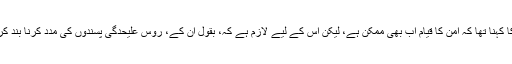
اُن کا کہنا تھا کہ امن کا قیام اب بھی ممکن ہے، لیکن اس کے لیے لازم ہے کہ، بقول اُن کے، روس علیحدگی پسندوں کی مدد کرنا بند کرے۔